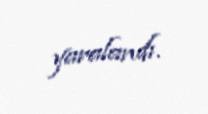
yaralandı.